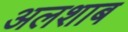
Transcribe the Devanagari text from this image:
अलशाब